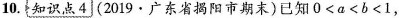
10.知识点4(2019·广东省揭阳市期末)已知$$0<a<b<1$$，